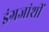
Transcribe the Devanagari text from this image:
इंग्रजांशीं